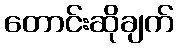
တောင်းဆိုချက်